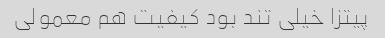
پیتزا خیلی تند بود کیفیت هم معمولی